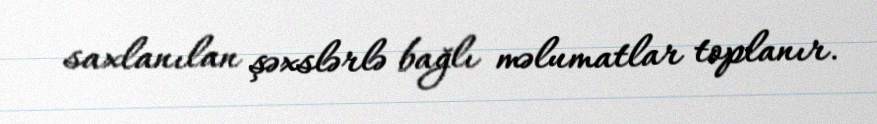
saxlanılan şəxslərlə bağlı məlumatlar toplanır.